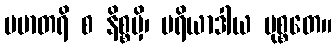
ပမာတရိ စ နိစ္စမှိ၊ မရိယာဒါယ မုစ္စတေ။